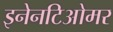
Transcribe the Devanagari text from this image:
इनेनटिओमर